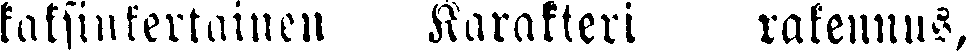
kaksinkertainen Karakteri rakennus,